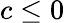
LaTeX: c\leq 0